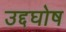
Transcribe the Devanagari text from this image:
उद्दघोष